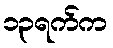
၁၃ရက်က